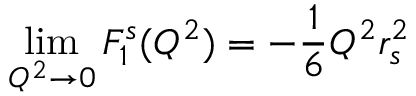
\operatorname * { l i m } _ { Q ^ { 2 } \rightarrow 0 } F _ { 1 } ^ { s } ( Q ^ { 2 } ) = - { \frac { 1 } { 6 } } Q ^ { 2 } r _ { s } ^ { 2 }